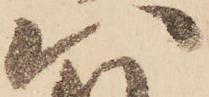
八